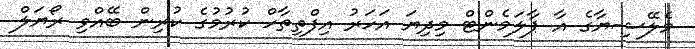
މެލޭޝިޔާގެ އާ ޕާލަމެންޓް މިދިޔަ އަހަރު އިފްތިތާހް ކުރުމުގެ ކުރިން ބޭއްވި ރޯޔަލް